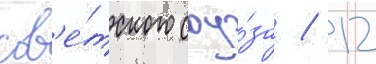
сов'е́тского соу́за / 12